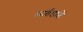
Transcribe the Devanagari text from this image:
मार्तंडातें